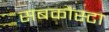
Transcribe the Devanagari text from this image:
सबकौस्टा